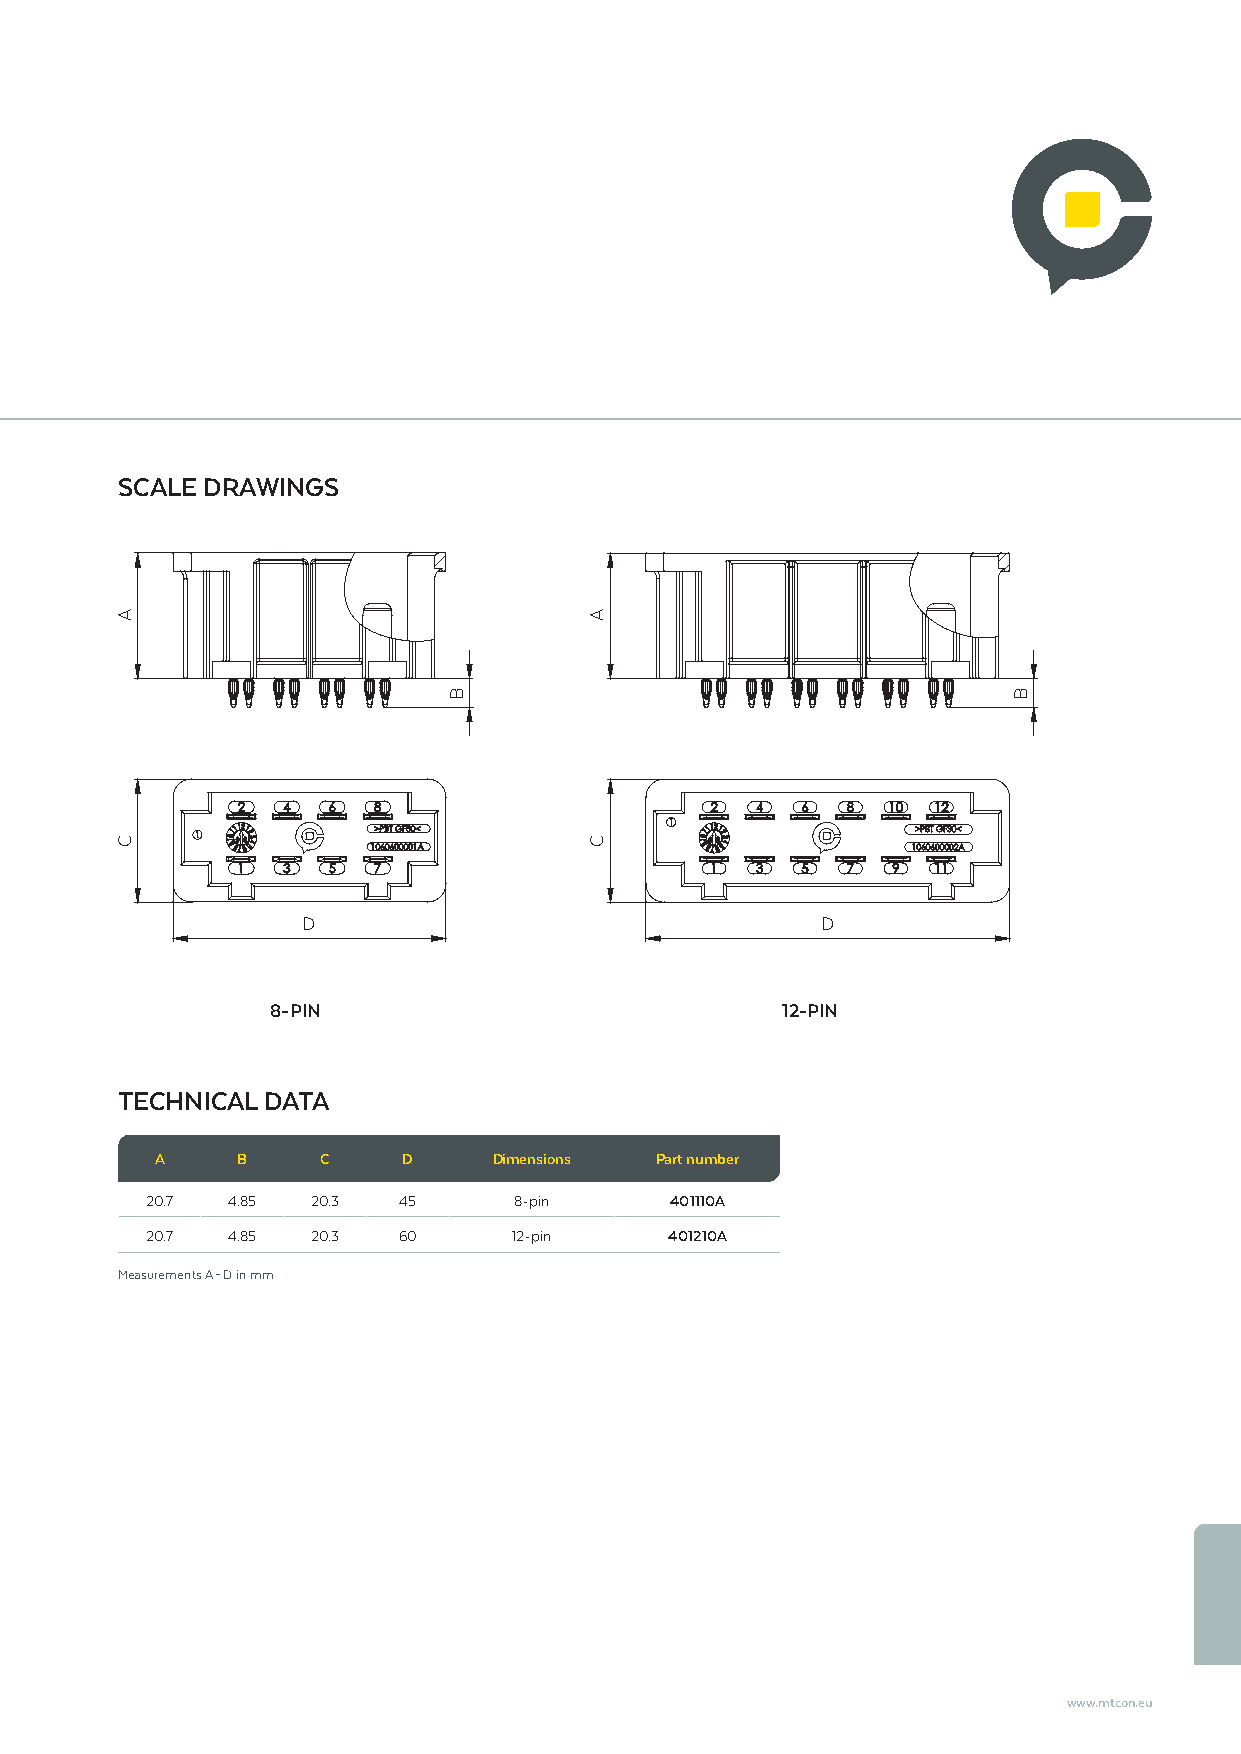
SCALE DRAWINGS
 D                                 D
 8-PIN                             12-PIN
 TECHNICAL DATA
 A     B    C     D     Dimensions Part number
 20.7 4.85  20.3 45      8-pin     401110A
 20.7 4.85  20.3 60      12-pin    401210A
 Measurements A – D in mm
 www.mtcon.eu
 A
 C
 B
 A
 C
 B